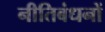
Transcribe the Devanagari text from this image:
नीतिबंधनों